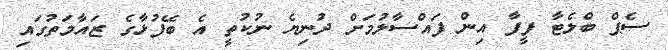
ސެޕް ބްލެޓާ ފީފާ އިން ފައްސާލުމަށް ދުނިޔެ ނުކުތީ އެ ބޭފުޅާގެ ޒައާމަތުގައި